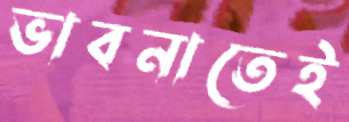
ভাবনাতেই